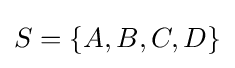
S=\{A,B,C,D\}